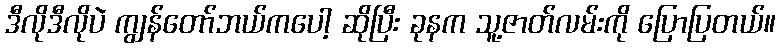
ဒီလိုဒီလိုပဲ ကျွန်တော်ဘယ်ကပေါ့ ဆိုပြီး ခုနက သူ့ဇာတ်လမ်းကို ပြောပြတယ်။